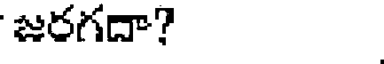
జరగదా?